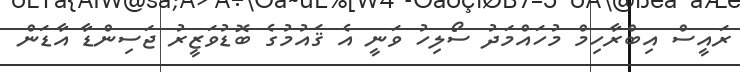
ރައީސް އިބްރާހިމް މުހައްމަދު ސޯލިހު ވަނީ އެ ޤައުމުގެ ބޮޑުވަޒީރު ޖަސިންޑާ އާޑަން